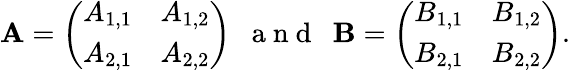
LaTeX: \begin{array}{r}{\mathbf{A}=\left(\begin{array}{ll}{A_{1,1}}&{A_{1,2}}\\ {A_{2,1}}&{A_{2,2}}\end{array}\right)~~\mathrm{~a~n~d~}~~\mathbf{B}=\left(\begin{array}{ll}{B_{1,1}}&{B_{1,2}}\\ {B_{2,1}}&{B_{2,2}}\end{array}\right).}\end{array}